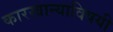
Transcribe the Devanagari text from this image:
कारखान्याविषयी